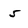
Character: 5